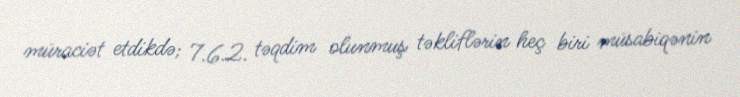
müraciət etdikdə; 7.6.2. təqdim olunmuş təkliflərin heç biri müsabiqənin